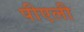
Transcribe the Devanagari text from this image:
पीएली